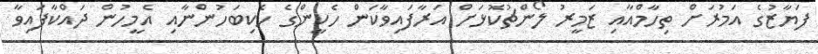
ފަޔާޒުގެ އަމުރަށް ތިހާމްއާއި ޒަމީރު ލޯންޗުކޮޅަށް އަރާފައިވާކަން ހެކީންގެ ހެކިބަހުންނާއި އެމީހުން ދައްކާފައިވާ